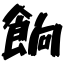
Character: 餉